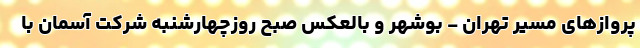
پروازهای مسیر تهران - بوشهر و بالعکس صبح روزچهارشنبه شرکت‌ آسمان با